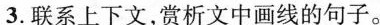
3.联系上下文，赏析文中画线的句子。